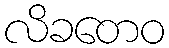
လိခတေဝ